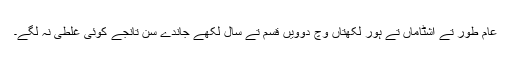
عام طور تے اشٹاماں تے ہور لکھتاں وچ دوویں قسم تے سال لکھے جاندے سن تانجے کوئی غلطی نہ لگے۔